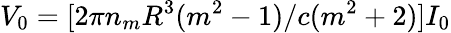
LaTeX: V_{0}=[2\pi n_{m}R^{3}(m^{2}-1)/c(m^{2}+2)]I_{0}